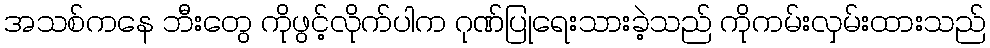
အသစ်ကနေ ဘီးတွေ ကိုဖွင့်လိုက်ပါက ဂုဏ်ပြုရေးသားခဲ့သည် ကိုကမ်းလှမ်းထားသည်